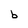
Character: b